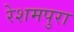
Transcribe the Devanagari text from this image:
रेशमपुरा